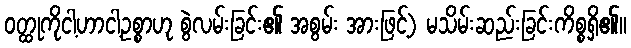
ဝတ္ထုကိုငါ့ဟာငါ့ဥစ္စာဟု စွဲလမ်းခြင်း၏ အစွမ်း အားဖြင့်) မသိမ်းဆည်းခြင်းကိစ္စရှိ၏။